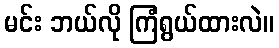
မင်း ဘယ်လို ကြံရွယ်ထားလဲ။